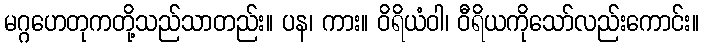
မဂ္ဂဟေတုကတို့သည်သာတည်း။ ပန၊ ကား။ ဝိရိယံဝါ၊ ဝီရိယကိုသော်လည်းကောင်း။